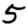
Digit: 5